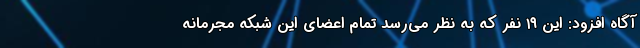
آگاه افزود: این ۱۹ نفر که به نظر می‌رسد تمام اعضای این شبکه مجرمانه